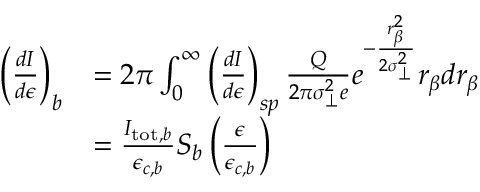
\begin{array} { r l } { \left( \frac { d I } { d \epsilon } \right) _ { b } } & { = 2 \pi \int _ { 0 } ^ { \infty } \left( \frac { d I } { d \epsilon } \right) _ { s p } \frac { Q } { 2 \pi \sigma _ { \perp } ^ { 2 } e } e ^ { - \frac { r _ { \beta } ^ { 2 } } { 2 \sigma _ { \perp } ^ { 2 } } } r _ { \beta } d r _ { \beta } } \\ & { = \frac { I _ { \mathrm { t o t } , b } } { \epsilon _ { c , b } } S _ { b } \left( \frac { \epsilon } { \epsilon _ { c , b } } \right) } \end{array}